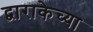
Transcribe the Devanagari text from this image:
द्वाराकेच्या